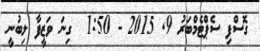
ގޮސްފި ސެޕްޓެމްބަރު 9